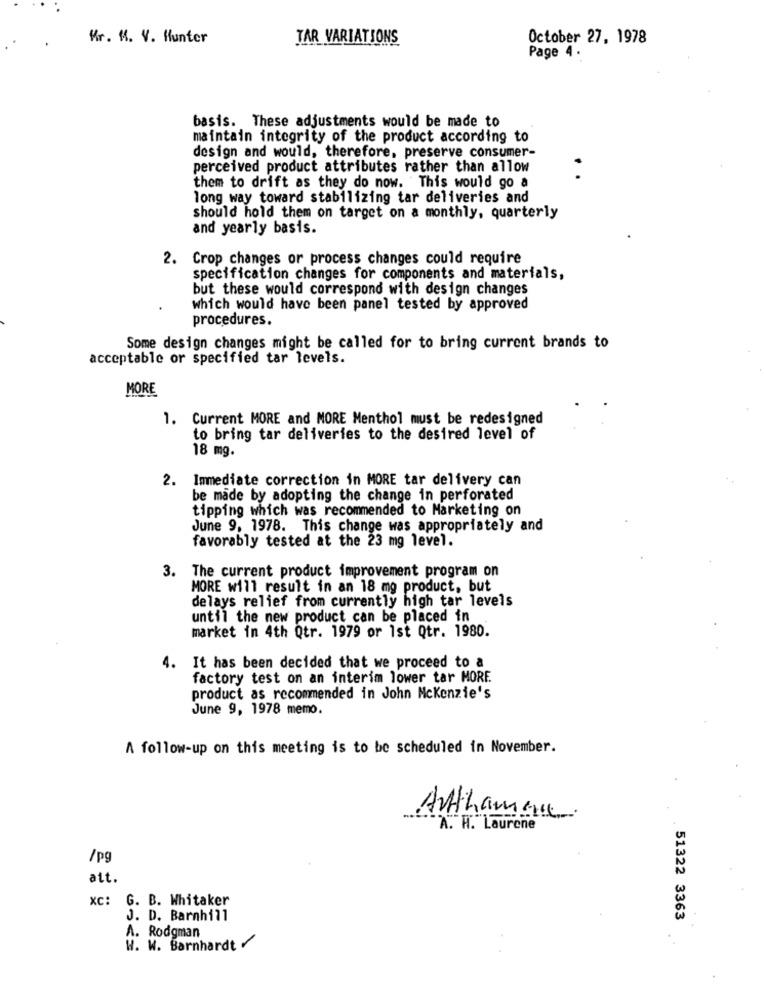
Mr. M. V. Hunter
TAR VARIATIONS
October 27, 1978
Page 4 .
basis. These adjustments would be made to
maintain integrity of the product according to
design and would, therefore, preserve consumer-
perceived product attributes rather than allow
them to drift as they do now. This would go a
long way toward stabilizing tar deliveries and
should hold them on target on a monthly, quarterly
and yearly basis.
2. Crop changes or process changes could require
specification changes for components and materials,
but these would correspond with design changes
which would have been panel tested by approved
procedures.
Some design changes might be called for to bring current brands to
acceptable or specified tar levels.
MORE
1. Current MORE and MORE Menthol must be redesigned
to bring tar deliveries to the desired level of
18 mg.
2. Immediate correction in MORE tar delivery can
be made by adopting the change in perforated
tipping which was recommended to Marketing on
June 9, 1978. This change was appropriately and
favorably tested at the 23 mg level.
3. The current product improvement program on
MORE will result in an 18 mg product, but
delays relief from currently high tar levels
until the new product can be placed in
market in 4th Qtr. 1979 or 1st Qtr. 1980.
4. It has been decided that we proceed to a
factory test on an interim lower tar MORE
product as recommended in John Mckenzie's
June 9, 1978 memo.
A follow-up on this meeting is to be scheduled in November.
Authaman.
A. H. Laurene
/pg
att.
xc: G. B. Whitaker
J. D. Barnhill
51322 3363
A. Rodgman
W. W. Barnhardt